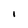
Character: i